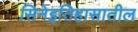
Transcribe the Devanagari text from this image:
सिनेइतिहासातील